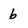
Character: b